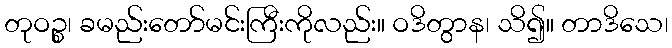
တုဝဉ္စ၊ ခမည်းတော်မင်းကြီးကိုလည်း။ ဝဒိတွာန၊ သိ၍။ တာဒိသေ၊